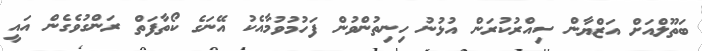
ބަތޫލްއަށް އަޒްޔާން ސިއްރުކުރަން އުޅުނު ހިނިތުންވުން ފަހުމުވުމާއެކު އޭނަގެ ކޯތާފަތް ރަންގުވެގެން އައީ